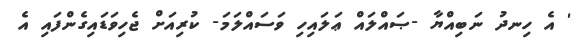
' އެ ހިނދު ނަބިއްޔާ -ޞައްލައް ޢަލައިހި ވަސައްލަމަ- ކުރިއަށް ޖެހިވަޑައިގެންފައި އެ